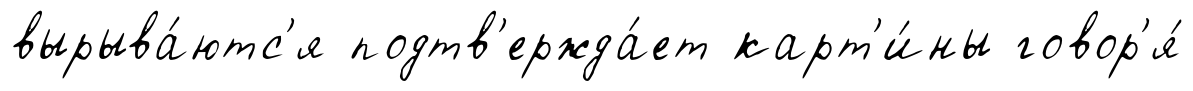
вырыва́ютс'я подтв'ержда́ет карт'и́ны говор'я́